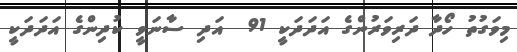
މިވަގުތު ހޯދާ ދަރިވަރުންގެ އަދަދަކީ 91  އަދި ސާނަވީ ކުދިންގެ އަދަދަކީ